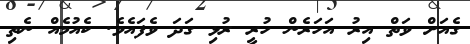
ގެއަށް ވަތް އިރު އަހަރެން ހުރީ ރުޅި ގަދަ ވެފައެވެ. ކެއުމެއް ނެތި